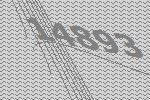
14893